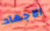
الاجهاد